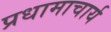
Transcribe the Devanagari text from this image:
प्रधामाचार्य